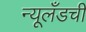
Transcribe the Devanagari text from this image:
न्यूलँडची